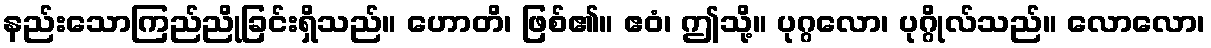
နည်းသောကြည်ညိုခြင်းရှိသည်။ ဟောတိ၊ ဖြစ်၏။ ဧဝံ၊ ဤသို့။ ပုဂ္ဂလော၊ ပုဂ္ဂိုလ်သည်။ လောလော၊